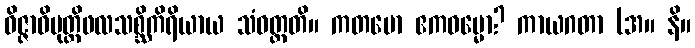
ဝိဇ္ဇာဝိမုတ္တိဖလသစ္ဆိကိရိယာယ သံဝတ္တတိ။ ကတမော ဧကဓမ္မော? ကာယဂတာ (အ။ နိ။